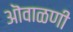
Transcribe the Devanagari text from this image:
ऒवाळणी